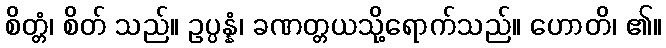
စိတ္တံ၊ စိတ် သည်။ ဥပ္ပန္နံ၊ ခဏတ္တယသို့ရောက်သည်။ ဟောတိ၊ ၏။